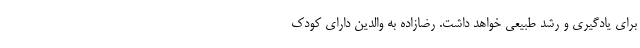
برای یادگیری و رشد طبیعی خواهد داشت. رضازاده به والدین دارای کودک